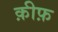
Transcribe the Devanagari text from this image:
क़ीफ़